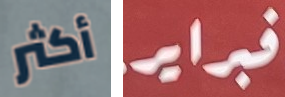
أكثر فبراير